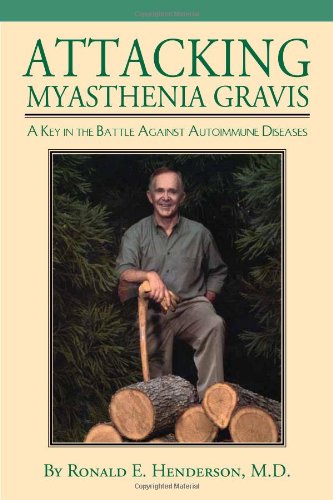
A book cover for Attacking Myasthenia Gravis; Ronald E. Henderson; Health, Fitness & Dieting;